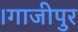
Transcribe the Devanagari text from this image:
।गाजीपुर